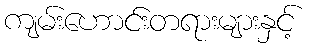
ကျမ်းဟောင်းတရားများနှင့်